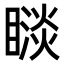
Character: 𥊗